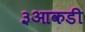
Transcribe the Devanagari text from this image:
३आकडी